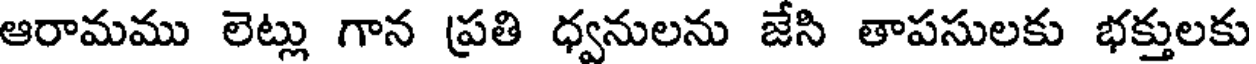
ఆరామము లెట్లు గాన ప్రతి ధ్వనులను జేసి తాపసులకు భక్తులకు